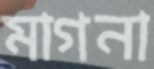
মাগনা